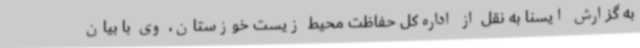
به گزارش ایسنا به نقل از اداره‌کل حفاظت محیط زیست خوزستان، وی با بیان